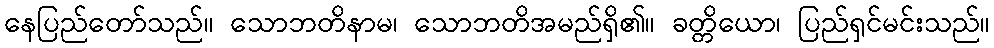
နေပြည်တော်သည်။ သောဘတိနာမ၊ သောဘတိအမည်ရှိ၏။ ခတ္တိယော၊ ပြည်ရှင်မင်းသည်။